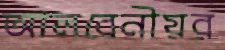
আলবেনীয়র